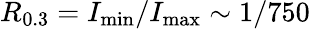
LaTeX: R_{0.3}=I_{\mathrm{min}}/I_{\mathrm{max}}\sim 1/750